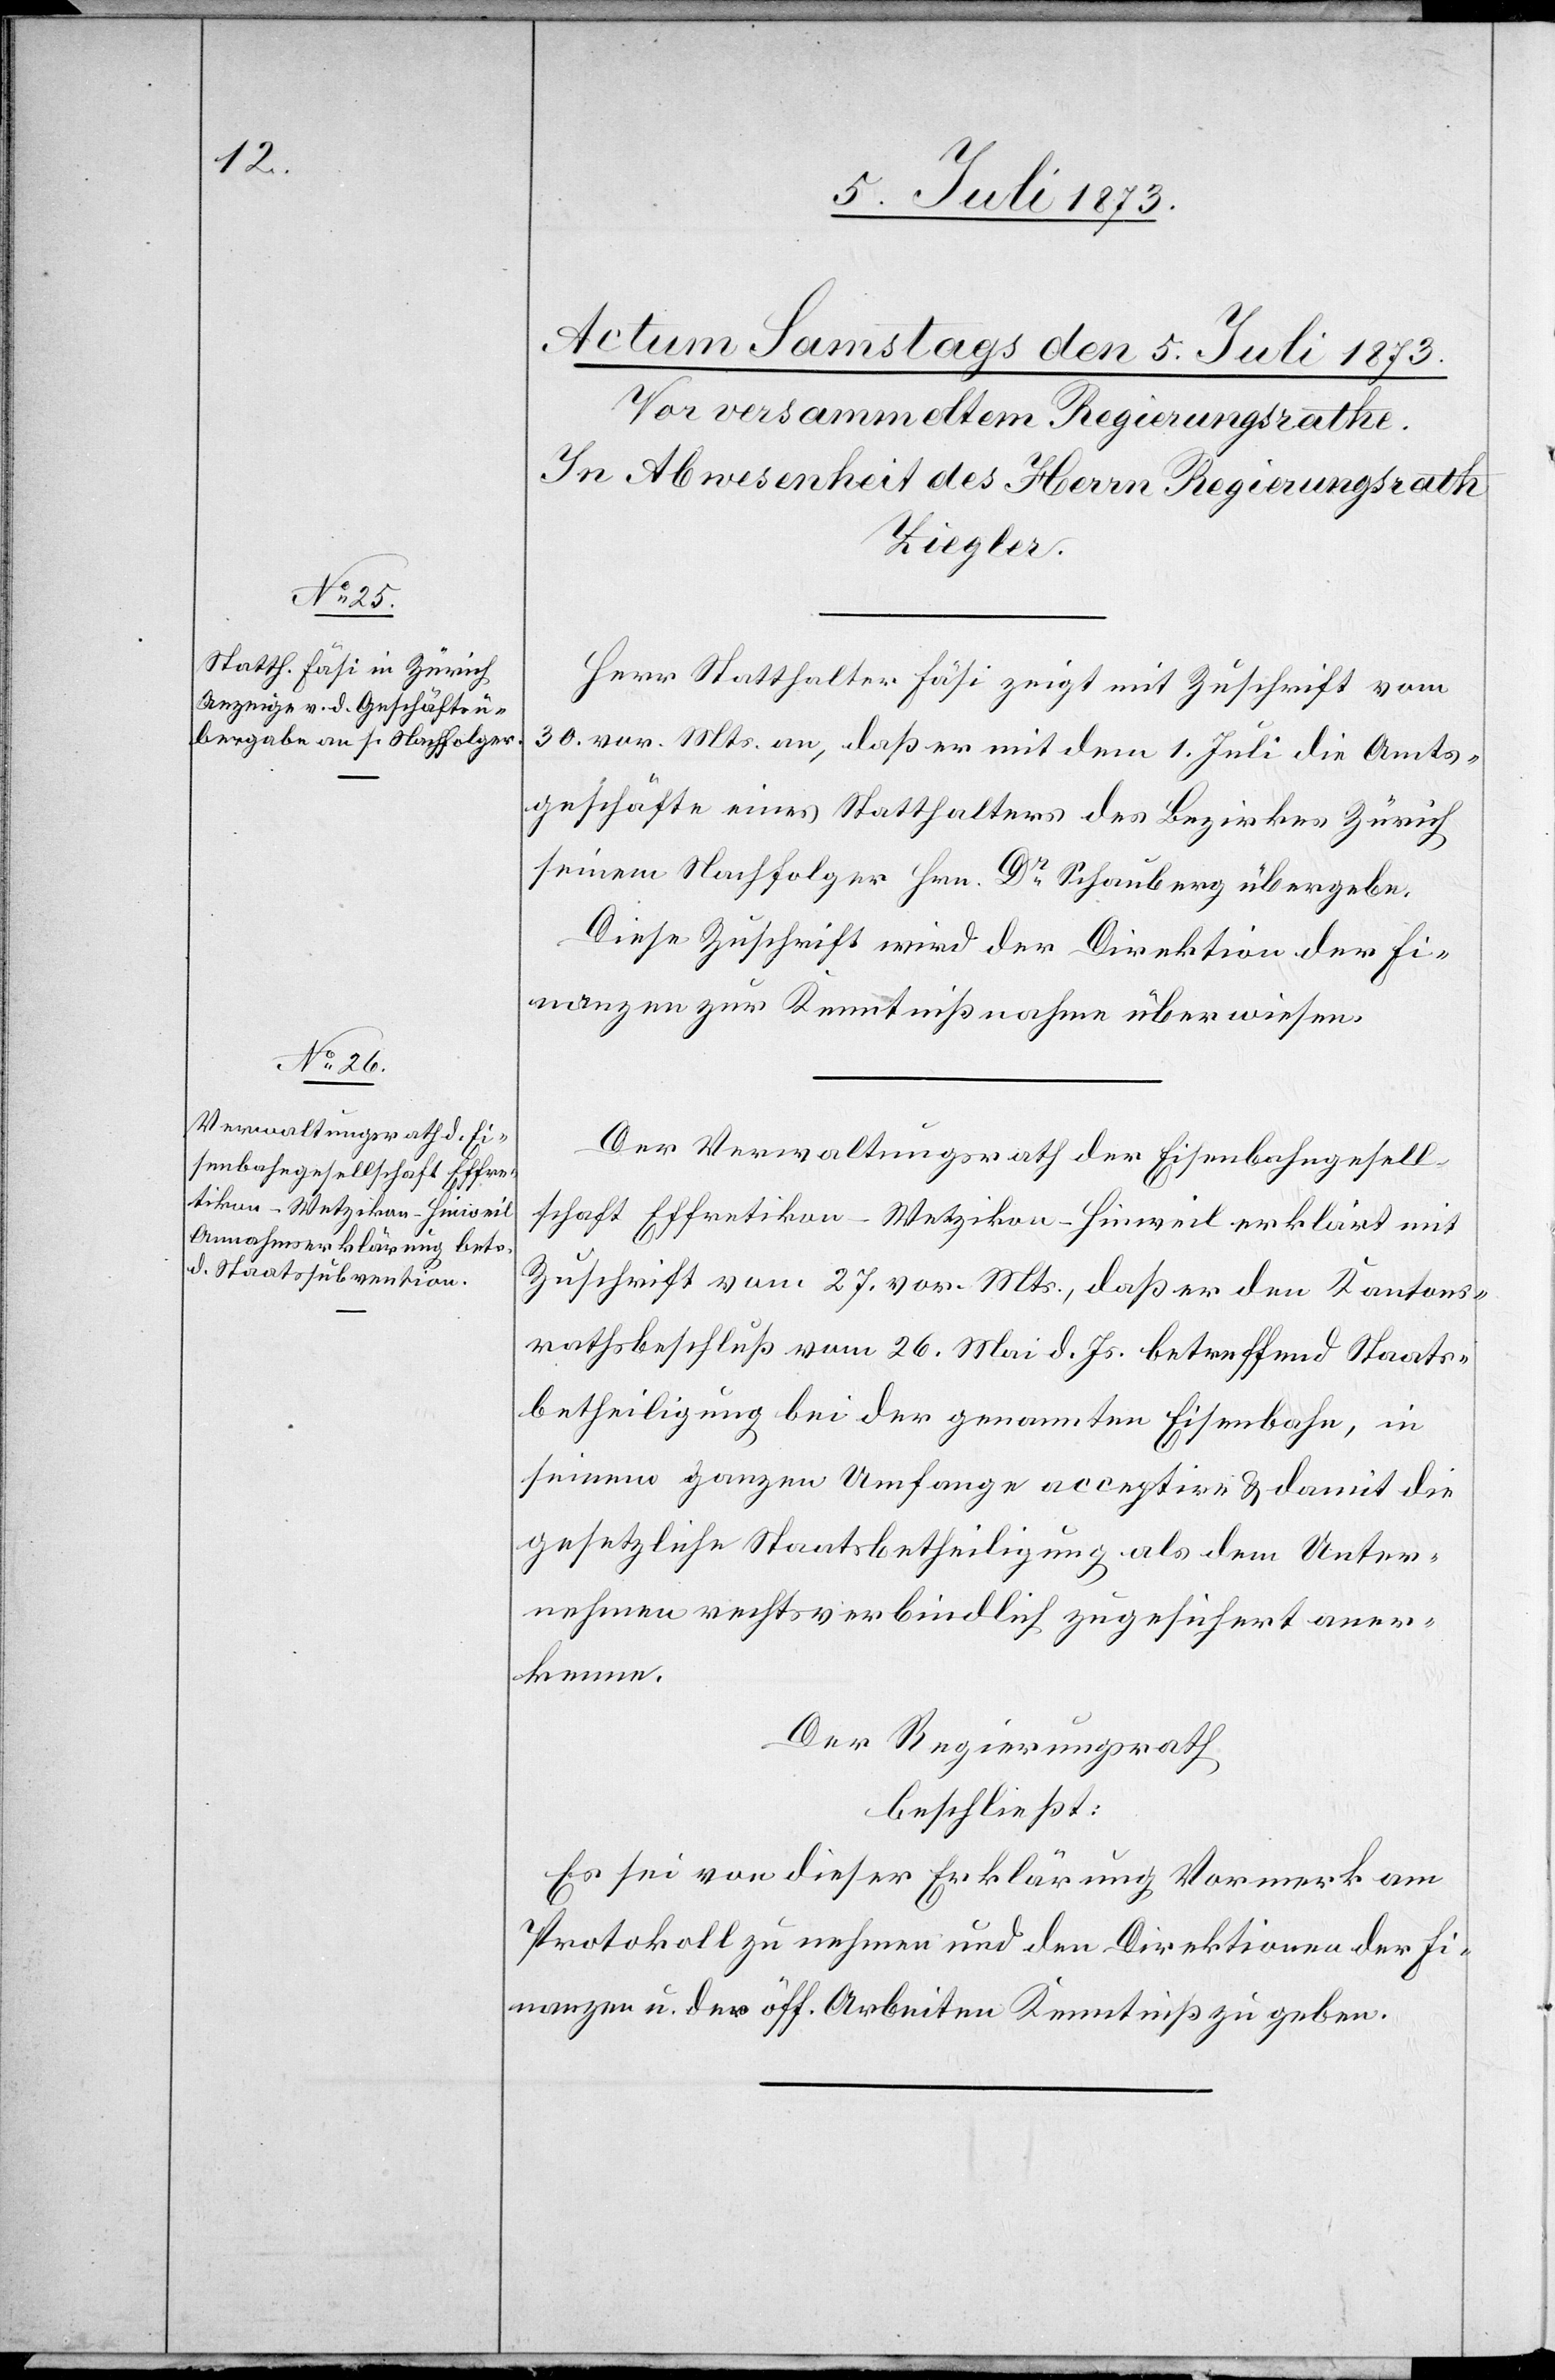
Herr Statthalter Fäsi zeigt mit Zuschrift vom
30. vor. Mts. an, daß er mit dem 1. Juli die Amts¬
geschäfte eines Statthalters des Bezirkes Zürich
seinem Nachfolger Hrn. Dr Schauberg übergebe.
Diese Zuschrift wird der Direktion der Fi¬
nanzen zur Kenntnißnahme überwiesen.
Der Verwaltungsrath der Eisenbahngesell¬
schaft Effretikon–Wetzikon–Hinweil erklärt mit
Zuschrift vom 27. vor. Mts., daß er den Kantons¬
rathsbeschluß vom 26. Mai d. Js. betreffend Staats¬
betheiligung bei der genannten Eisenbahn, in
seinem ganzen Umfange acceptire & damit die
gesetzliche Staatsbetheiligung als dem Unter¬
nehmen rechtsverbindlich zugesichert aner¬
kenne.
Der Regierungsrath
beschließt:
Es sei von dieser Erklärung Vormerk am
Protokoll zu nehmen und den Direktionen der Fi¬
nanzen u. der öff. Arbeiten Kenntniß zu geben.